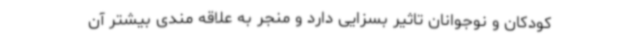
کودکان و نوجوانان تاثیر بسزایی دارد و منجر به علاقه مندی بیشتر آن